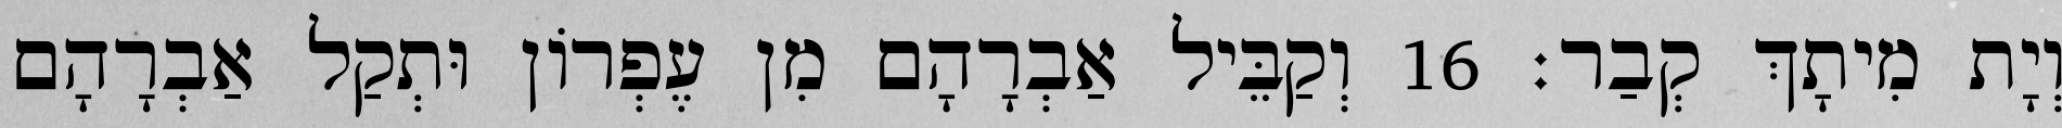
וְיָת מִיתָךְ קְבַר׃ 16 וְקַבֵּיל אַבְרָהָם מִן עֶפְרוֹן וּתְקַל אַבְרָהָם